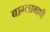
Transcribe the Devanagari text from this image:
बाग्लाभाषी